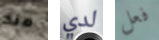
منذ لدي فعل